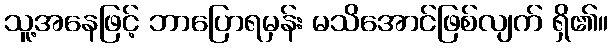
သူ့အနေဖြင့် ဘာပြောရမှန်း မသိအောင်ဖြစ်လျက် ရှိ၏။